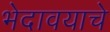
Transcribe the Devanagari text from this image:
भेदावयाचे